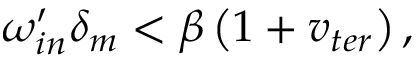
\omega _ { i n } ^ { \prime } \delta _ { m } < \beta \left( 1 + v _ { t e r } \right) ,